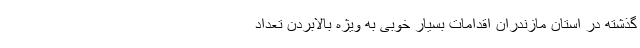
گذشته در استان مازندران اقدامات بسیار خوبی به ویژه بالابردن تعداد